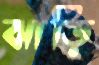
ঝাড়ি